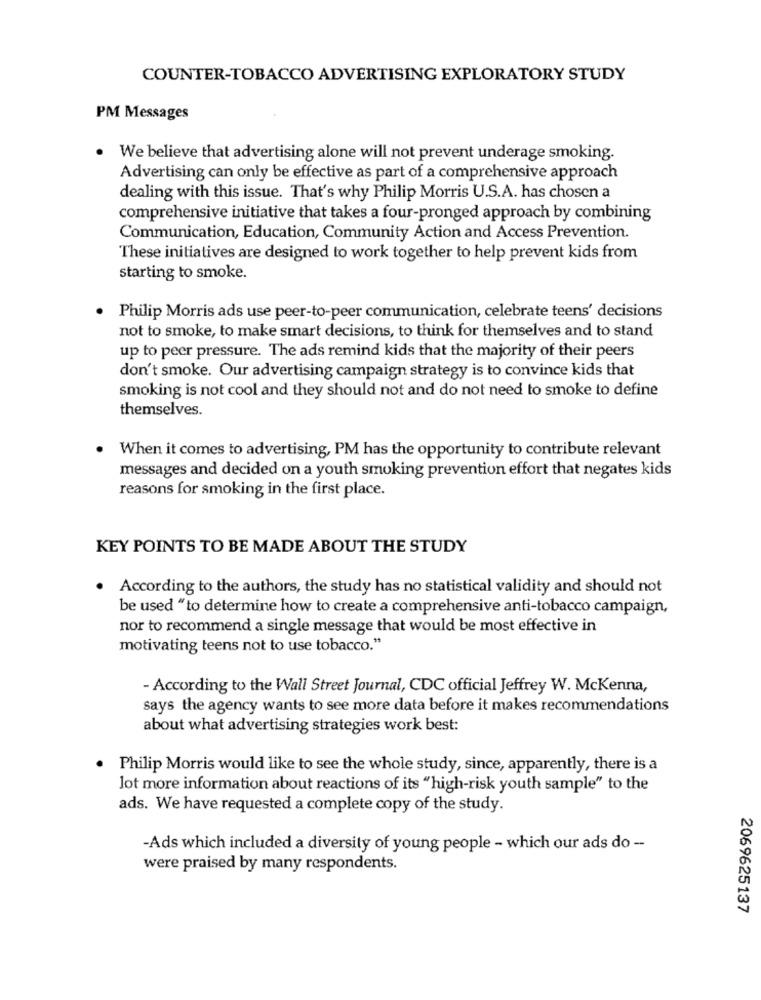
COUNTER-TOBACCO ADVERTISING EXPLORATORY STUDY
PM Messages
We believe that advertising alone will not prevent underage smoking.
Advertising can only be effective as part of a comprehensive approach
dealing with this issue. That's why Philip Morris U.S.A. has chosen a
comprehensive initiative that takes a four-pronged approach by combining
Communication, Education, Community Action and Access Prevention.
These initiatives are designed to work together to help prevent kids from
starting to smoke.
Philip Morris ads use peer-to-peer communication, celebrate teens' decisions
not to smoke, to make smart decisions, to think for themselves and to stand
up to peer pressure. The ads remind kids that the majority of their peers
don't smoke. Our advertising campaign strategy is to convince kids that
smoking is not cool and they should not and do not need to smoke to define
themselves.
When it comes to advertising, PM has the opportunity to contribute relevant
messages and decided on a youth smoking prevention effort that negates kids
reasons for smoking in the first place.
KEY POINTS TO BE MADE ABOUT THE STUDY
According to the authors, the study has no statistical validity and should not
be used "to determine how to create a comprehensive anti-tobacco campaign,
nor to recommend a single message that would be most effective in
motivating teens not to use tobacco."
- According to the Wall Street Journal, CDC official Jeffrey W. McKenna,
says the agency wants to see more data before it makes recommendations
about what advertising strategies work best:
Philip Morris would like to see the whole study, since, apparently, there is a
lot more information about reactions of its "high-risk youth sample" to the
ads. We have requested a complete copy of the study.
-Ads which included a diversity of young people - which our ads do --
were praised by many respondents.
2069625137